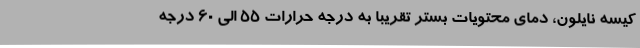
کیسه نایلون، دمای محتویات بستر تقریبا به درجه حرارات 55 الی 60 درجه